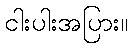
ငါးပါးအပြား။